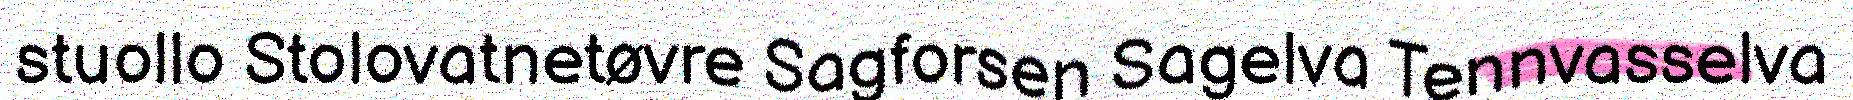
stuollo Stolovatnetøvre Sagforsen Sagelva Tennvasselva